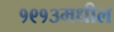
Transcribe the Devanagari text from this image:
१९१३मधील